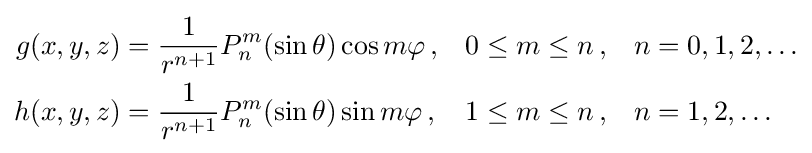
{\begin{aligned}g(x,y,z)&={\frac {1}{r^{n+1}}}P_{n}^{m}(\sin \theta )\cos m\varphi \,,&0&\leq m\leq n\,,&n&=0,1,2,\dots \\h(x,y,z)&={\frac {1}{r^{n+1}}}P_{n}^{m}(\sin \theta )\sin m\varphi \,,&1&\leq m\leq n\,,&n&=1,2,\dots \end{aligned}}